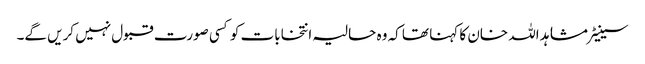
سینیٹر مشاہد اللہ خان کا کہنا تھا کہ وہ حالیہ انتخابات کو کسی صورت قبول نہیں کریں گے۔